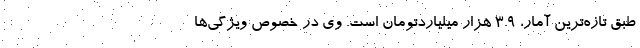
طبق تازه‌ترین آمار، ۳.۹ هزار میلیاردتومان است. وی در خصوص ویژگی‌ها